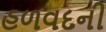
હળવદની